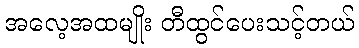
အလေ့အထမျိုး တီထွင်ပေးသင့်တယ်